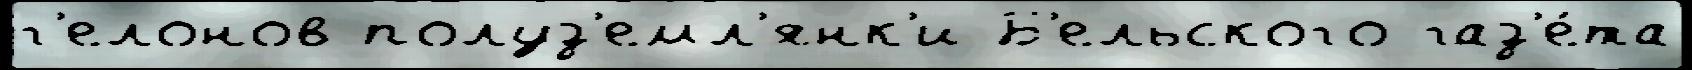
г'елонов полуз'емл'янк'и Б'ельского газ'е́та